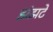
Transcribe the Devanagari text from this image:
झंझटें